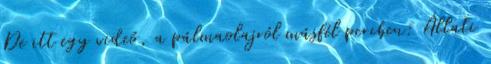
De itt egy videó, a pálmaolajról másfél percben: Állati